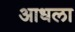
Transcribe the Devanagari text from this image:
आधला